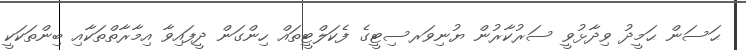
ޙަސަން ޙަމީދު ވިދާޅުވީ ސަރުކާރުން ޔުނިވަރސިޓީގެ ފެކަލްޓީތައް ހިންގަން ދީފައިވާ އިމާރާތްތަކާއި ބިންތަކަކީ